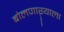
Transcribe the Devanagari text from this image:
बोलणाऱ्याला